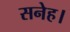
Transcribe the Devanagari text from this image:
सनेह।